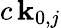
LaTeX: c\, \mathbf{k}_{0,j}